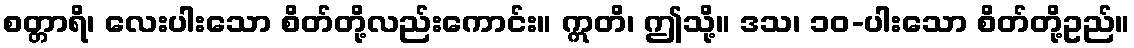
စတ္တာရိ၊ လေးပါးသော စိတ်တို့လည်းကောင်း။ ဣတိ၊ ဤသို့။ ဒသ၊ ၁၀-ပါးသော စိတ်တို့ဥည်။